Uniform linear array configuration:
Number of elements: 48
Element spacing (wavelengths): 0.5
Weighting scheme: hamming
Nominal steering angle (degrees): -30
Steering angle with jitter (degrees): -31.181
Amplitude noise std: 0.05
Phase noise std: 0.05

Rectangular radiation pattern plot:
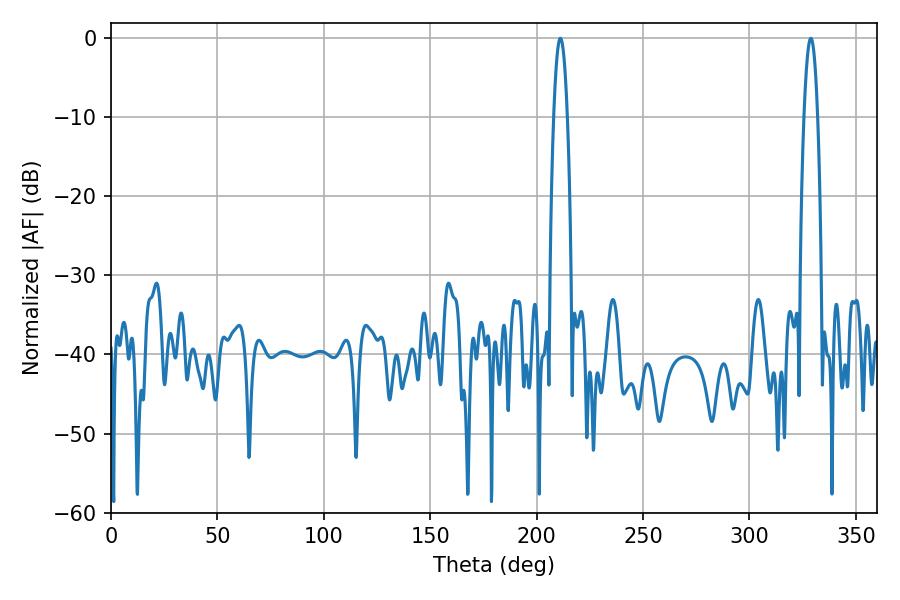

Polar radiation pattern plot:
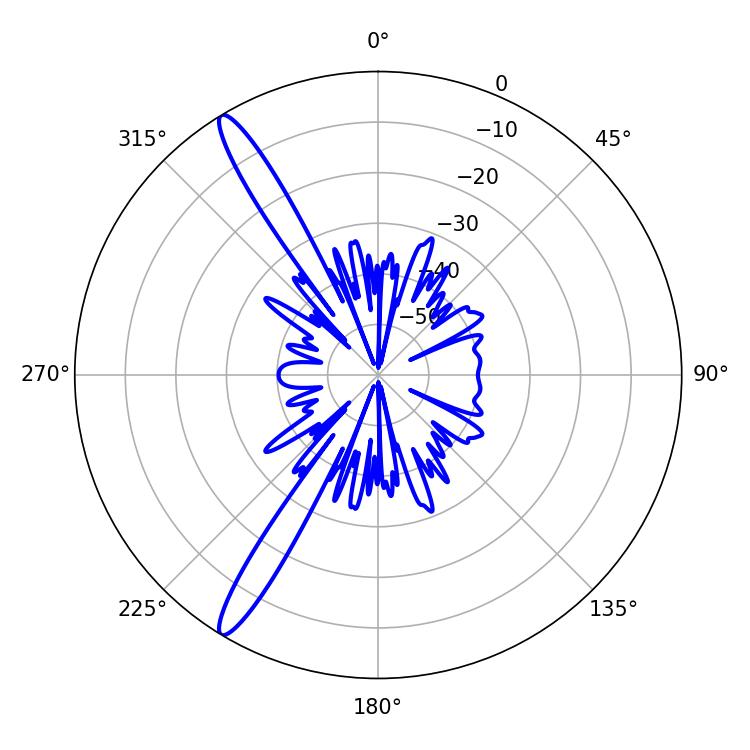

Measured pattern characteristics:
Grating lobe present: FALSE
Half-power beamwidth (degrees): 3.6
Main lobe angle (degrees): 211.14